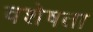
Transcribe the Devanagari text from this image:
वशेषता